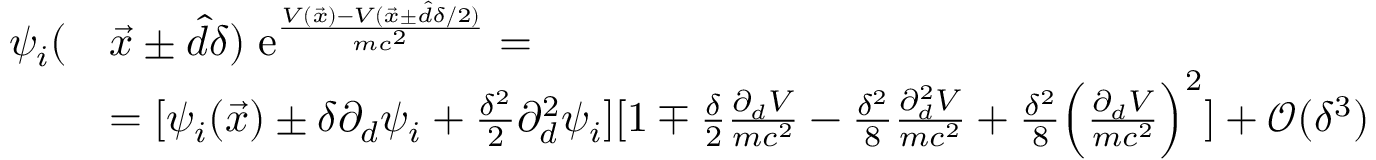
\begin{array} { r l } { \psi _ { i } ( } & { \vec { x } \pm \hat { d } \delta ) \; \mathrm e ^ { \frac { V ( \vec { x } ) - V ( \vec { x } \pm \hat { d } \delta / 2 ) } { m c ^ { 2 } } } = } \\ & { = [ \psi _ { i } ( \vec { x } ) \pm \delta \partial _ { d } \psi _ { i } + \frac { \delta ^ { 2 } } { 2 } \partial _ { d } ^ { 2 } \psi _ { i } ] [ 1 \mp \frac { \delta } { 2 } \frac { \partial _ { d } V } { m c ^ { 2 } } - \frac { \delta ^ { 2 } } { 8 } \frac { \partial _ { d } ^ { 2 } V } { m c ^ { 2 } } + \frac { \delta ^ { 2 } } { 8 } \Big ( \frac { \partial _ { d } V } { m c ^ { 2 } } \Big ) ^ { 2 } ] + \mathcal O ( \delta ^ { 3 } ) } \end{array}